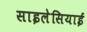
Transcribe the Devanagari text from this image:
साइलेसियाई